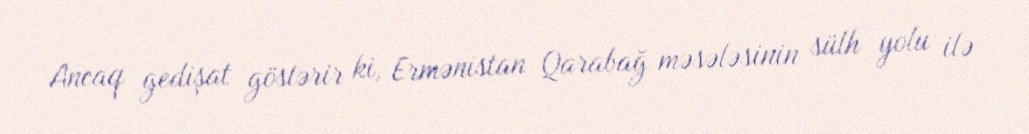
Ancaq gedişat göstərir ki, Ermənistan Qarabağ məsələsinin sülh yolu ilə